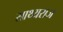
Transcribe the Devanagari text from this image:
साथ्यराज